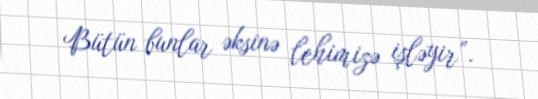
Bütün bunlar əksinə lehimizə işləyir”.